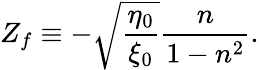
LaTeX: Z_{f}\equiv-\sqrt{\frac{\eta_{0}}{\xi_{0}}}\frac{n}{1-n^{2}}.